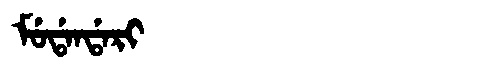
Manchu: ᠮᡠᡩᠠᠨᡩᠠᡵᡳ
Romanization: MUDANDARI